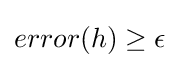
error(h)\geq \epsilon